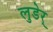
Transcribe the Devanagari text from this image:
लुडेर्